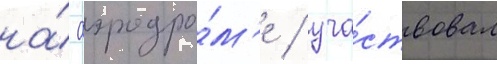
на́ аэродро́м'е / уча́ствовал